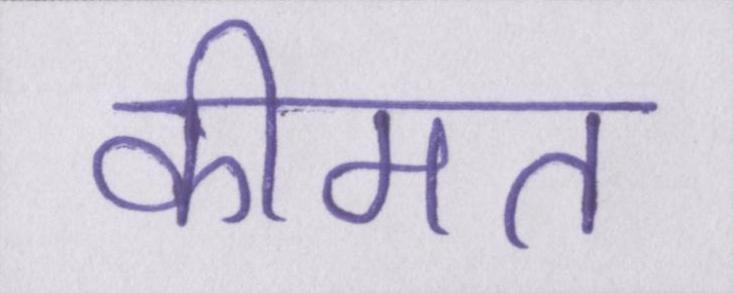
कीमत